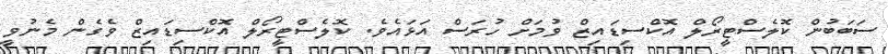
ސަބަބުން ކޮލެސްޓީރޯލް އޮކްސިޑައިޒް ވުމަށް ހުރަސް އަޅައެވެ. ކޮލެސްޓީރޯލް އޮކްސިޑައިޒް ވެގެން މެނުވީ